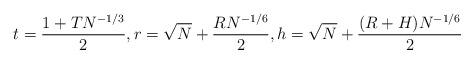
LaTeX: \begin{align*}t=\frac{1+TN^{-1/3}}{2},r=\sqrt N+\frac{RN^{-1/6}}{2},h=\sqrt N+\frac{(R+H) N^{-1/6}}{2}\end{align*}